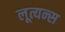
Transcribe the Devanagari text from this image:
लूत्यन्स